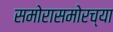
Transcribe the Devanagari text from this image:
समोरासमोरच्या